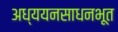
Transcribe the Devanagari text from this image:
अध्ययनसाधनभूत